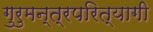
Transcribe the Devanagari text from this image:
गुरुमन्त्रपरित्यागी